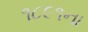
૧૮૯૧ના